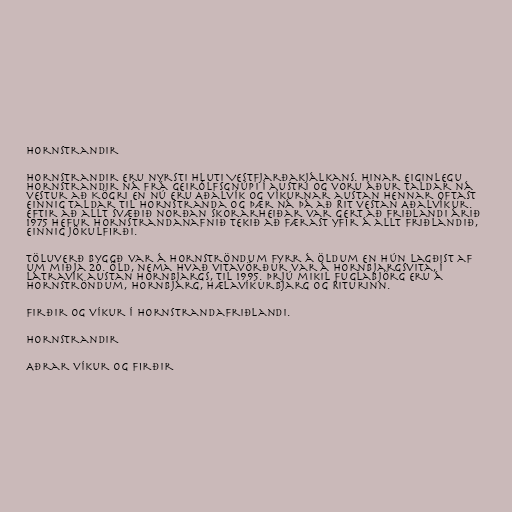
Hornstrandir

Hornstrandir eru nyrsti hluti Vestfjarðakjálkans. Hinar eiginlegu
Hornstrandir ná frá Geirólfsgnúpi í austri og voru áður taldar ná
vestur að Kögri en nú eru Aðalvík og víkurnar austan hennar oftast
einnig taldar til Hornstranda og þær ná þá að Rit vestan Aðalvíkur.
Eftir að allt svæðið norðan Skorarheiðar var gert að friðlandi árið
1975 hefur Hornstrandanafnið tekið að færast yfir á allt friðlandið,
einnig Jökulfirði.

Töluverð byggð var á Hornströndum fyrr á öldum en hún lagðist af
um miðja 20. öld, nema hvað vitavörður var á Hornbjargsvita, í
Látravík austan Hornbjargs, til 1995. Þrjú mikil fuglabjörg eru á
Hornströndum, Hornbjarg, Hælavíkurbjarg og Riturinn.

Firðir og víkur í Hornstrandafriðlandi.

Hornstrandir

Aðrar víkur og firðir